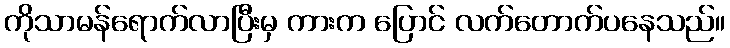
ကိုသာမန်ရောက်လာပြီးမှ ကားက ပြောင် လက်တောက်ပနေသည်။